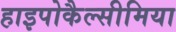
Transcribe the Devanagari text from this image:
हाइपोकैल्सीमिया